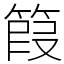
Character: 䈔